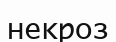
некроз